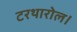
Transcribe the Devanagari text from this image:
टरथारोल।